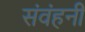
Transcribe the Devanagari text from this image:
संवंहनी